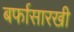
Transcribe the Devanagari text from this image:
बर्फासारखी